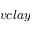
v c l a y